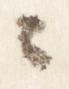
々